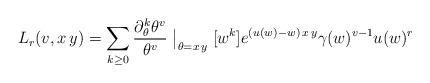
\begin{align*}L_r(v,x\,y)=\sum_{k\ge0}\frac{\partial_\theta^k\theta^v}{\theta^v}\bigm|_{\theta=x\,y}[w^k]e^{(u(w)-w)\,x\,y}\gamma(w)^{v-1}u(w)^r\end{align*}